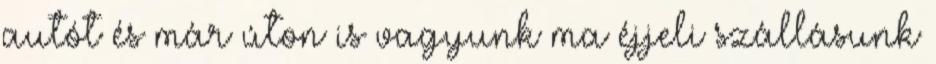
autót és már úton is vagyunk ma éjjeli szállásunk